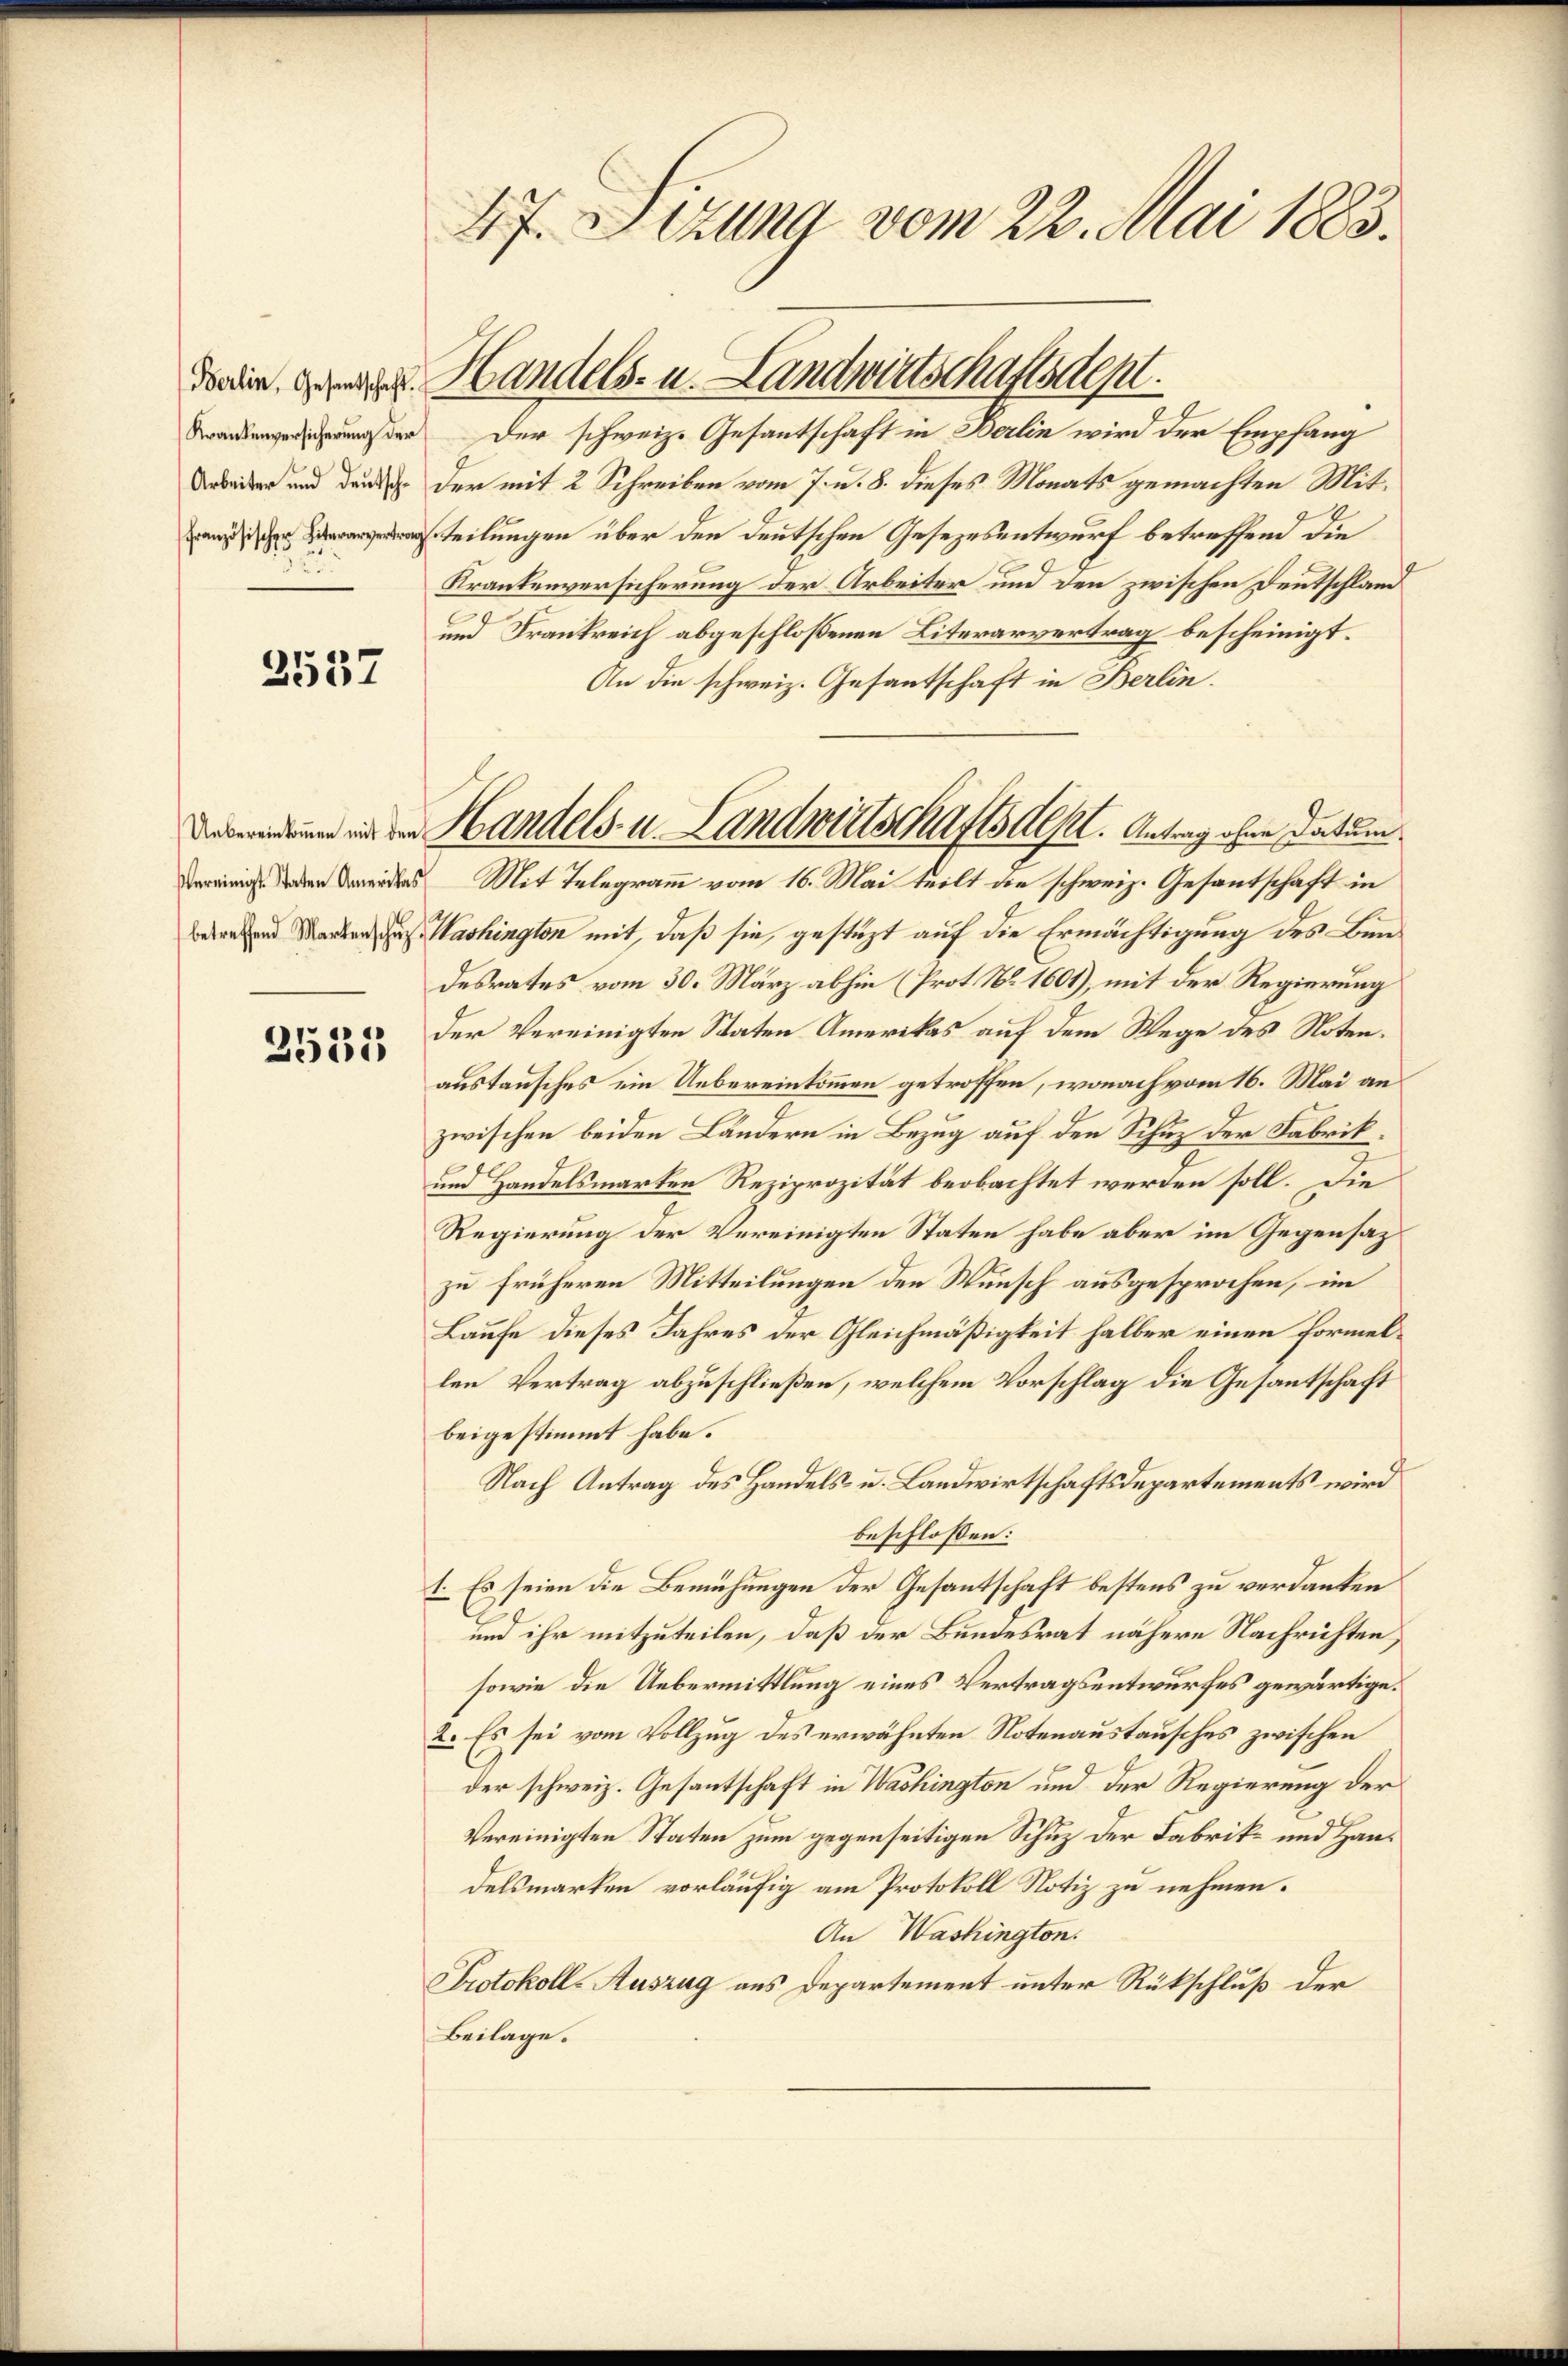
Berlin, Gesantschaft.
Krankenversicherung der

2537

Uebereinkommen mit den

2535

47. Sitzung vom 22. Mai 1883.

Der schweiz. Gesantschaft in Berlin wird der Empfang
e und den der mit 2 Schreiben vom 7. u. 8. dieses Monats gemachten Mitteilungen über den deutschen Gesezesentwurf betreffend die
Krankenversicherung der Arbeiter und den zwischen Deutschlan
und Frankreich abgeschloßenen Literarvertrag bescheinigt.
An die schweiz. Gesantschaft in Berlin.
 des Mit Telegramm vom 16. Mai teilt die schweiz. Gesantschaft in
bedenen Marten, u. Washington mit, daß sie gestüzt auf die Ermächtigung des Bundesrates vom 30. März abhin (Prot. No. 1601), mit der Regierung
der Vereinigten Staten Amerikas auf dem Wege des Noten.
austausches ein Uebereinkommen getroffen, wonach vom 16. Mai an
zwischen beiden Ländern in Bezug auf den Schuz der Fabrik¬
und Handelsmarken Reziprozität beobachtet werden soll. Die
Regierung der Vereinigten Staten habe aber im Gegensaz
zu früheren Mitteilungen den Wunsch ausgesprochen, im
Laufe dieses Jahres der Gleichmäßigkeit halber einen Formellen Vertrag abzuschließen, welchem Vorschlag die Gesantschaft
beigestimmt habe.
Nach Antrag des Handels- u. Landwirtschaftsdepartements wird
beschlossen:
1. Es seien die Bemühungen der Gesantschaft bestens zu verdanken
und ihr mitzuteilen, daß der Bundesrat nähere Nachrichten,
sowie die Uebermittlung eines Vertragsentwurfes gewärtige.
2. Es sei vom Vollzug des erwähnten Notenaustausches zwischen
der schweiz. Gesantschaft in Washington und der Regierung der
Vereinigten Staten zum gegenseitigen Schuz der Fabrik- und Handelsmarken vorläufig am Protokoll Notiz zu nehmen.
An Washington.
Protokoll-Auszug aus Departement unter Rückschluß der
Beilage.

Handels- u. Landwirtschaftsdept.

Handels- u. Landwirtschaftsdest. Antrag ohne Datum